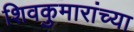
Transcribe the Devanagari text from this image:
शिवकुमारांच्या